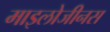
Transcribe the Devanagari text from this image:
माइलोजीनस